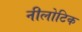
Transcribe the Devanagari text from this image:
नीलोटिक